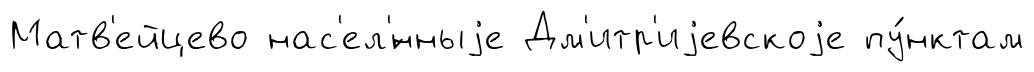
Матв'ейцево нас'ел'́нныjе Дм'итр'иjевскоjе пу́нктам